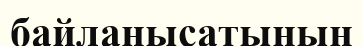
байланысатынын